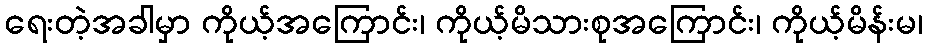
ရေးတဲ့အခါမှာ ကိုယ့်အကြောင်း၊ ကိုယ့်မိသားစုအကြောင်း၊ ကိုယ့်မိန်းမ၊